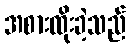
အစားထိုးခဲ့သည်